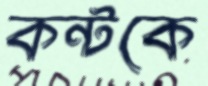
কন্টকে